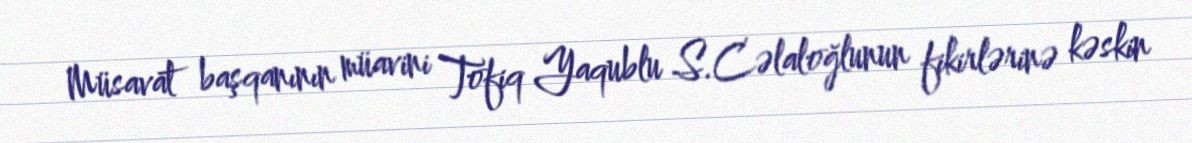
Müsavat başqanının müavini Tofiq Yaqublu S.Cəlaloğlunun fikirlərinə kəskin